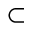
\subset